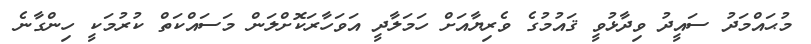
މުޙައްމަދު ސައީދު ވިދާޅުވީ ޤައުމުގެ ވެރިޔާއަށް ހަމަލާދީ އަވަހާރަކޮށްލަން މަސައްކަތް ކުރުމަކީ ހިންގާނެ